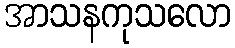
အာသနကုသလော